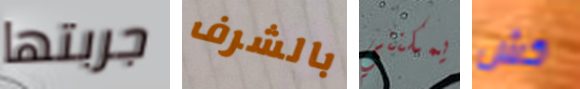
جربتها بالشرف يمكنني كش